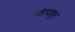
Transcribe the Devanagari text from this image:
अखेरपासून